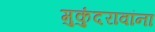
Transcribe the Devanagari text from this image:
मुकुंदरावांना